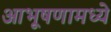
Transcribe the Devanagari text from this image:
आभूषणामध्ये